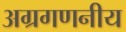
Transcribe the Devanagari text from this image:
अग्रगणनीय